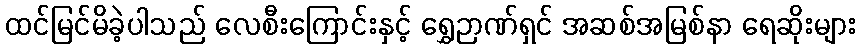
ထင်မြင်မိခဲ့ပါသည် လေစီးကြောင်းနှင့် ရွှေဉာဏ်ရှင် အဆစ်အမြစ်နာ ရေဆိုးများ